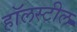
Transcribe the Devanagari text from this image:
हॉलस्टील